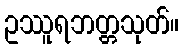
ဥဿူရဘတ္တသုတ်။